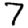
Digit: 7